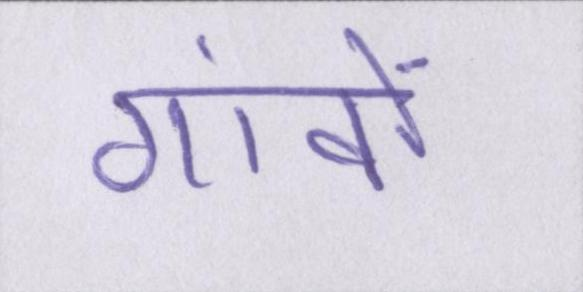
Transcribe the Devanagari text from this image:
गांवों